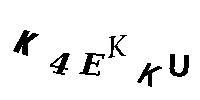
K4EKKU